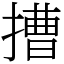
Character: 𢲵